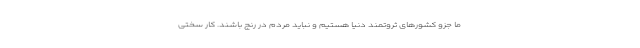
ما جزو کشورهای ثروتمند دنیا هستیم و نباید مردم در رنج باشند. کار سختی